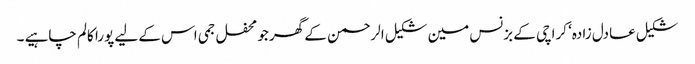
شکیل عادل زادہ‘ کراچی کے بزنس مین شکیل الرحمن کے گھر جو محفل جمی اس کے لیے پورا کالم چاہیے ۔